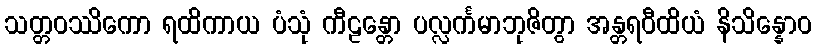
သတ္တဝဿိကော ရထိကာယ ပံသုံ ကီဠန္တော ပလ္လင်္ကမာဘုဇိတွာ အန္တရဝီထိယံ နိသိန္နောဝ